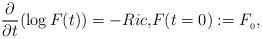
LaTeX: \begin{align*}{\frac{\partial}{\partial t}(\log F(t))=-Ric,}{F(t=0):=F_{_0}},\end{align*}